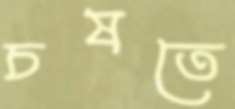
চষতে